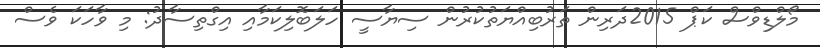
މޯލްޑިވްސް ކަޕް 2015ދަރިން ތަރުބިއްޔަތުކުރުން ސިޔާސީ ހަލަބޮލިކަމާއި އިގްތިސާދު: މި ވާހަކަ ވެސް